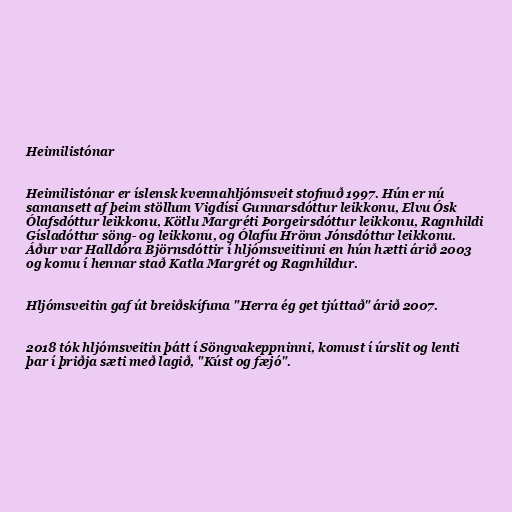
Heimilistónar

Heimilistónar er íslensk kvennahljómsveit stofnuð 1997. Hún er nú
samansett af þeim stöllum Vigdísi Gunnarsdóttur leikkonu, Elvu Ósk
Ólafsdóttur leikkonu, Kötlu Margréti Þorgeirsdóttur leikkonu, Ragnhildi
Gísladóttur söng- og leikkonu, og Ólafíu Hrönn Jónsdóttur leikkonu.
Áður var Halldóra Björnsdóttir í hljómsveitinni en hún hætti árið 2003
og komu í hennar stað Katla Margrét og Ragnhildur.

Hljómsveitin gaf út breiðskífuna "Herra ég get tjúttað" árið 2007.

2018 tók hljómsveitin þátt í Söngvakeppninni, komust í úrslit og lenti
þar í þriðja sæti með lagið, "Kúst og fæjó".